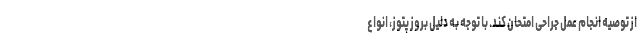
از توصیه انجام عمل جراحی امتحان کند. با توجه به دلیل بروز پتوز، انواع